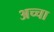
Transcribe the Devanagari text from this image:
अच्‍चा